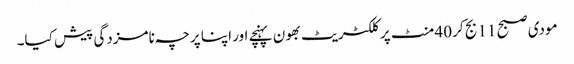
مودی صبح 11 بج کر 40 منٹ پر کلکٹریٹ بھون پہنچے اور اپنا پرچہ نامزدگی پیش کیا۔